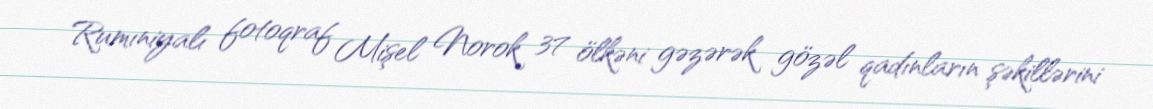
Rumıniyalı fotoqraf Mişel Norok 37 ölkəni gəzərək gözəl qadınların şəkillərini